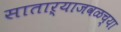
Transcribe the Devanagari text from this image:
साताऱ्याजवळच्या